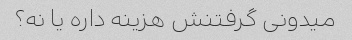
میدونی گرفتنش هزینه داره یا نه؟